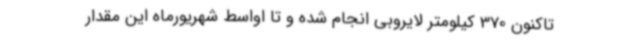
تاکنون 370 کیلومتر لایروبی انجام شده و تا اواسط شهریورماه این مقدار